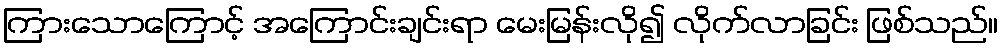
ကြားသောကြောင့် အကြောင်းချင်းရာ မေးမြန်းလို၍ လိုက်လာခြင်း ဖြစ်သည်။